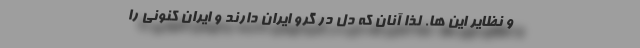
و نظایر این ها. لذا آنان که دل در گرو ایران دارند و ایران کنونی را